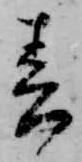
春